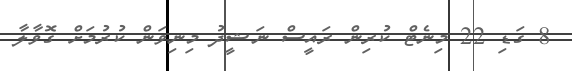
8 ގަޑި 22 މިނެޓް ކުރިން ރައީސް ނަޝީދު މިނިވަން ކުރުމަށް ގޮވާލާ